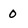
Character: 0